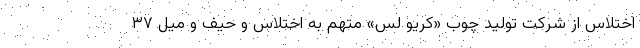
اختلاس از شرکت تولید چوب «کریو لس» متهم به اختلاس و حیف و میل ۳۷